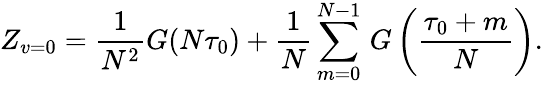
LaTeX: Z_{v=0}=\frac{1}{N^{2}}G(N\tau_{0})+\frac{1}{N}\sum_{m=0}^{N-1}\, G\left(\frac{\tau_{0}+m}{N}\right).